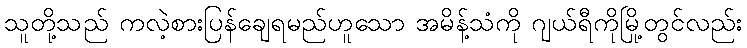
သူတို့သည် ကလဲ့စားပြန်ချေရမည်ဟူသော အမိန့်သံကို ဂျယ်ရီကိုမြို့တွင်လည်း